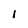
Character: 1